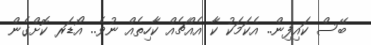
ބޭސް ކައިފިން.. އެކަމަކު ކާ އެއްޗެއް ކާހިތެއް ނުވެ.. އޯޑަރ ކޮށްގެން